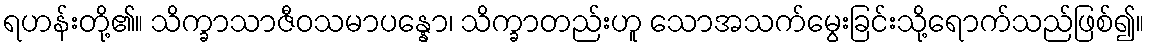
ရဟန်းတို့၏။ သိက္ခာသာဇီဝသမာပန္နော၊ သိက္ခာတည်းဟူ သောအသက်မွေးခြင်းသို့ရောက်သည်ဖြစ်၍။